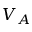
V _ { A }